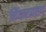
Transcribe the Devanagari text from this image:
निंधारप्रासाद